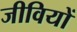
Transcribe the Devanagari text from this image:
जीवियों